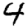
Digit: 4